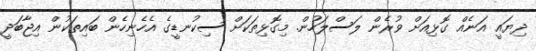
ދިޔައީ އަނެއް ގޮޅިއަށް ވުރެން ލަސްލަހުން. މިގޮޅިތަކަށް ސިކުނޑީގެ އެހެނިހެން ބައިތަކުން އިޖާބަދީ